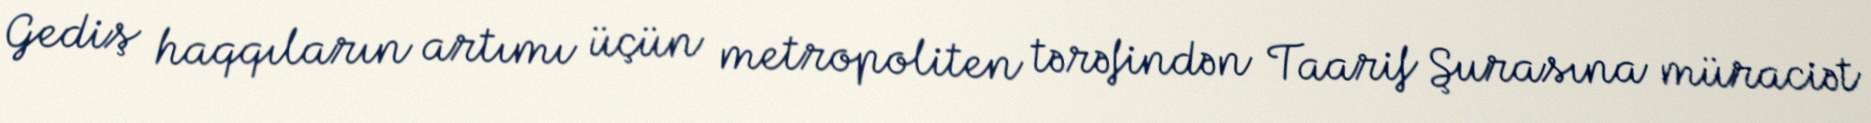
Gediş haqqıların artımı üçün metropoliten tərəfindən Taarif Şurasına müraciət